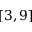
[ 3 , 9 ]